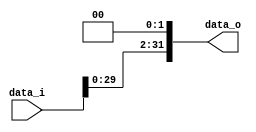
//0610780
//Subject:      CO project 2 - Shift_Left_Two_32
//--------------------------------------------------------------------------------
//Version:     1
//--------------------------------------------------------------------------------
//Description:
//--------------------------------------------------------------------------------

module Shift_Left_Two_32(
    data_i,
    data_o
    );

//I/O ports
input [32-1:0] data_i;
output [32-1:0] data_o;

//shift left 2
assign data_o = { data_i[29:0], 2'b00 };

endmodule